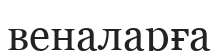
веналарға